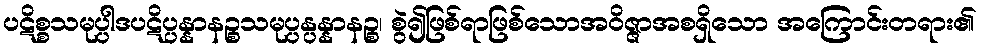
ပဋိစ္စသမုပ္ပါဒပဋိပ္ပန္နာနဉ္စသမုပ္ပန္ပန္နာနဉ္စ၊ စွဲ၍ဖြစ်ရာဖြစ်သောအဝိဇ္ဇာအစရှိသော အကြောင်းတရား၏